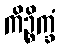
ကိဉ္စိက္ခံ